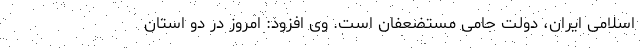
اسلامی ایران،‌ دولت حامی مستضعفان است. وی افزود: امروز در دو استان